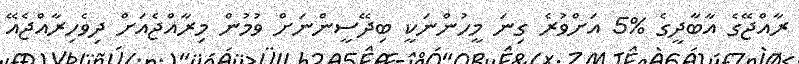
ރާއްޖޭގެ އާބާދީގެ %5 އަށްވުރެ ގިނަ މީހުންނަކީ ބިދޭސީންނަށް ވުމުން މިރާއްޖެއަށް ދިވެހިރާއްޖެއޭ